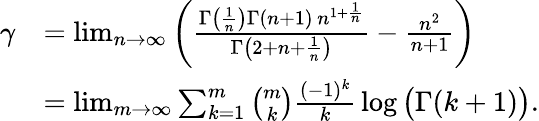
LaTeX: {\begin{array}{rl}{\gamma}&{=\operatorname*{lim}_{n\to\infty}\left({\frac{\Gamma\left({\frac{1}{n}}\right)\Gamma(n+1)\, n^{1+{\frac{1}{n}}}}{\Gamma\left(2+n+{\frac{1}{n}}\right)}}-{\frac{n^{2}}{n+1}}\right)}\\ &{=\operatorname*{lim}_{m\to\infty}\sum_{k=1}^{m}{\binom{m}{k}}{\frac{(-1)^{k}}{k}}\log{\big(}\Gamma(k+1){\big)}.}\end{array}}